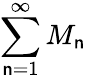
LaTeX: \sum_{\mathsf{n}=1}^{\infty}M_{\mathsf{n}}